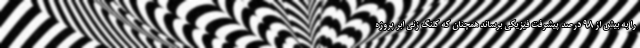
را به بیش از 98 درصد پیشرفت فیزیکی برساند همچنان که کلنگ زنی ابر پروژه